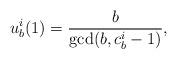
LaTeX: \begin{align*}u_b^i(1) = \frac{b}{\gcd(b,c_b^i-1)},\end{align*}